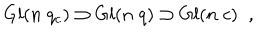
LaTeX: G l ( n \; q _ { c } ) \supset G l ( n \; q ) \supset G l ( n \; c ) \; \; ,